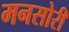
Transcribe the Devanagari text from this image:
मनसोरी